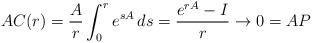
LaTeX: \begin{align*}AC(r) = \frac{A}r\int_0^r e^{sA}\, ds=\frac{e^{rA}-I}{r} \to 0 = AP\end{align*}